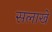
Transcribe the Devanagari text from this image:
सलाखे